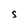
Character: S